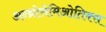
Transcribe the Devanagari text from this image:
अन्थ्रोसेमिओतिक्स